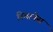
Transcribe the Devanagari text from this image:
स्मिरनेस